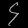
Digit: ၄